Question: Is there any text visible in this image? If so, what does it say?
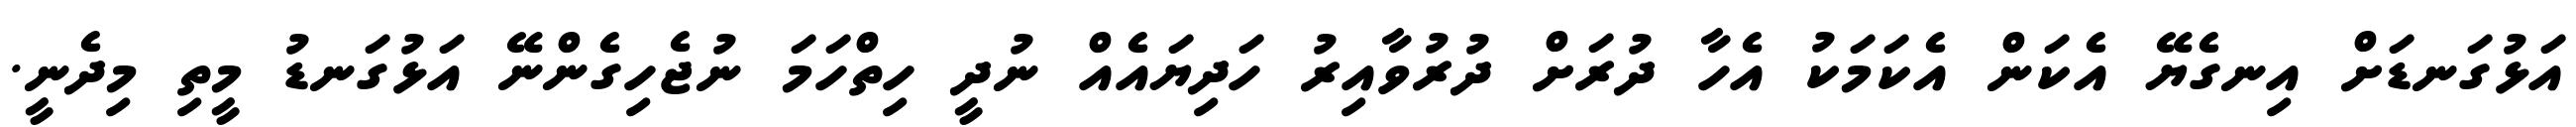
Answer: އަޅުގަނޑަށް އިނގެޔޭ އެކަން އެކަމަކު އެހާ ދުރަށް ދުރުވާއިރު ހަދިޔައެއް ނުދީ ހިތްހަމަ ނުޖެހިގެންނޭ އަޅުގަނޑު މީތި މިދެނީ.